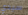
سيدي